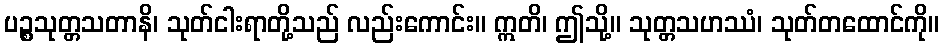
ပဉ္စသုတ္တသတာနိ၊ သုတ်ငါးရာတို့သည် လည်းကောင်း။ ဣတိ၊ ဤသို့။ သုတ္တသဟဿံ၊ သုတ်တထောင်ကို။